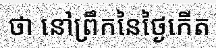
ថា នៅព្រឹកនៃថ្ងៃកើត